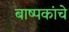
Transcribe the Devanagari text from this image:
बाष्पकांचे